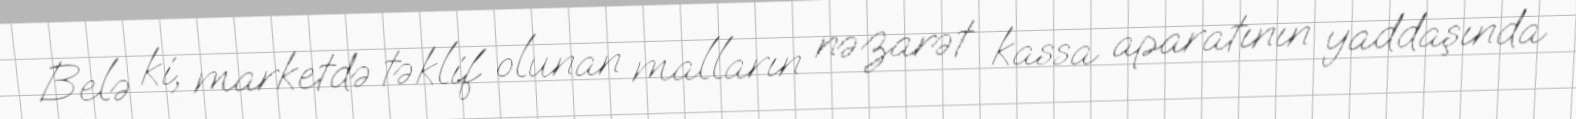
Belə ki, marketdə təklif olunan malların nəzarət kassa aparatının yaddaşında